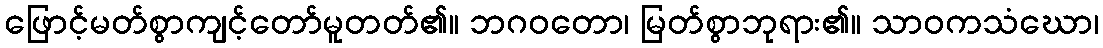
ဖြောင့်မတ်စွာကျင့်တော်မူတတ်၏။ ဘဂဝတော၊ မြတ်စွာဘုရား၏။ သာဝကသံဃော၊